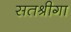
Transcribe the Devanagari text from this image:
सतश्रीगा